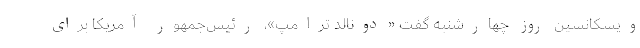
ویسکانسین روز چهار‌شنبه گفت «دونالد ترامپ»، رئیس‌جمهور آمریکا برای